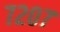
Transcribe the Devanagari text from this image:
७२०७